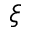
\xi